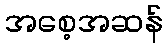
အစေ့အဆန်